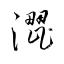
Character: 澀